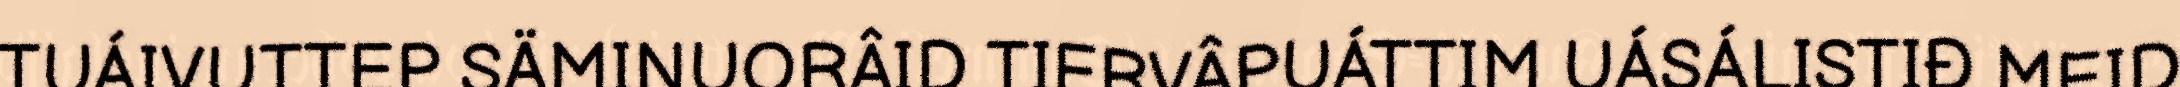
TUÁIVUTTEP SÄMINUORÂID TIERVÂPUÁTTIM UÁSÁLISTIĐ MEID